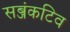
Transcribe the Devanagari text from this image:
सब्जंकटिव